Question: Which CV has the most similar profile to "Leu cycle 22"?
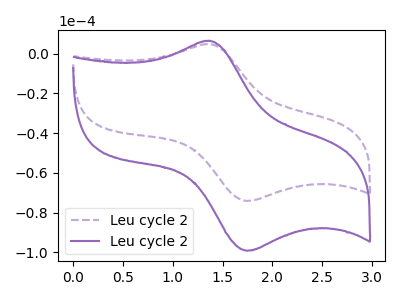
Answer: <think>The purple dashed curve "Leu cycle 21" has an anodic peak at (1.35V, 4.85uA) and a cathodic peak at (1.75V, -74.15uA). The purple curve "Leu cycle 22" has an anodic peak at (1.35V, 6.50uA) and a cathodic peak at (1.75V, -99.25uA).
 All the peaks in "Leu cycle 21" have a peak in "Leu cycle 22" at the same potential. Every peak in "Leu cycle 21" is lower than every peak in "Leu cycle 22".</think>
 <answer>The CV with the most similar shape to "Leu cycle 21" is "Leu cycle 22".</answer>
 <eval>"Leu cycle 22"</eval>